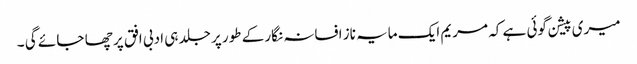
میری پیشن گوئی ہے کہ مریم ایک مایہ ناز افسانہ نگار کے طور پر جلد ہی ادبی افق پر چھا جا ئے گی ۔